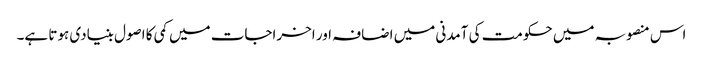
اس منصوبہ میں حکومت کی آمدنی میں اضافہ اور اخراجات میں کمی کا اصول بنیادی ہوتا ہے۔